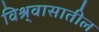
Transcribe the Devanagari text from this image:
विश्र्वासातील